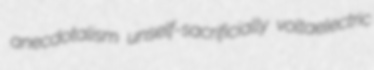
anecdotalism unself-sacrificially voltaelectric